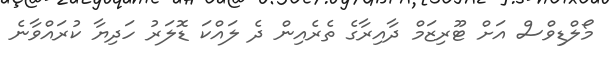
މޯލްޑިވްސް އަށް ޓޫރިޒަމް ދާއިރާގެ ތެރެއިން ދެ ލައްކަ ޑޮލަރު ހަދިޔާ ކުރައްވާނެ